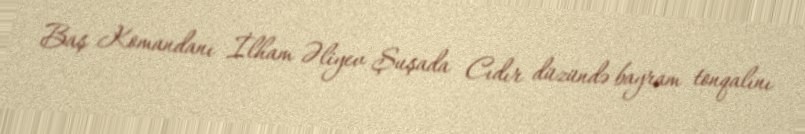
Baş Komandanı İlham Əliyev Şuşada Cıdır düzündə bayram tonqalını